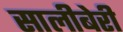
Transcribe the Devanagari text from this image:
सालीबेरी